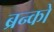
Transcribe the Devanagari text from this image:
ब्रन्को